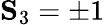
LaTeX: \mathbf{S}_{3}=\pm 1